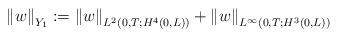
LaTeX: \begin{align*}\left\Vert w\right\Vert _{Y_{1}}:=\left\Vert w\right\Vert _{L^{2}(0,T;H^{4}( 0,L) ) }+\left\Vert w\right\Vert _{L^{\infty}( 0,T;H^{3}( 0,L) ) }\end{align*}